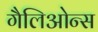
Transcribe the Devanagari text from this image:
गैलिओन्स